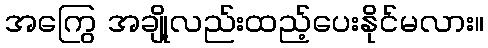
အကြွေ အချို့လည်းထည့်ပေးနိုင်မလား။